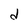
Character: d